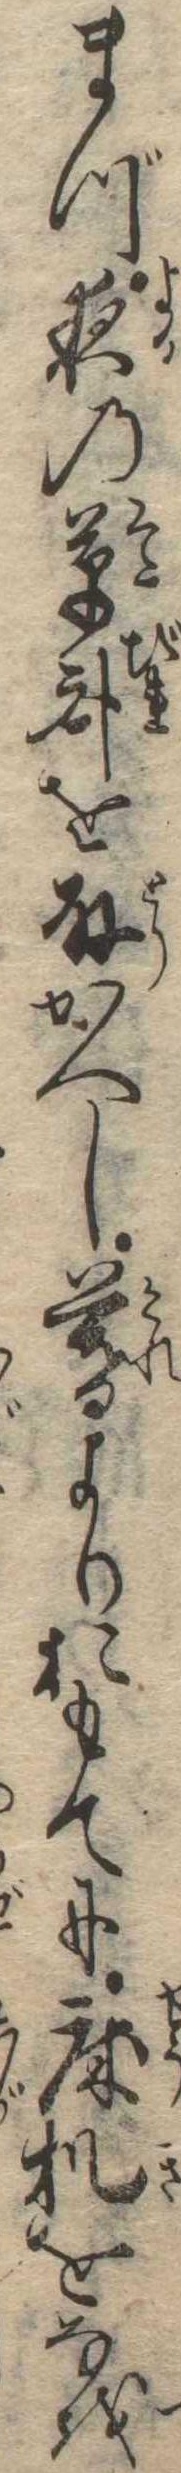
まづ夜の草臥を取かへし暮よりおもてに床几をなを